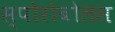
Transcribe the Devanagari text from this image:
स्पोरोबोलस